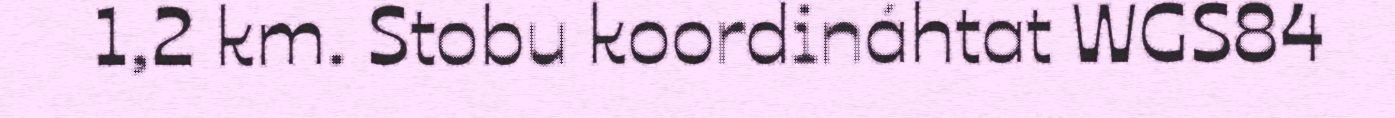
1,2 km. Stobu koordináhtat WGS84